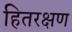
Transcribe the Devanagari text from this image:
हितरक्षण